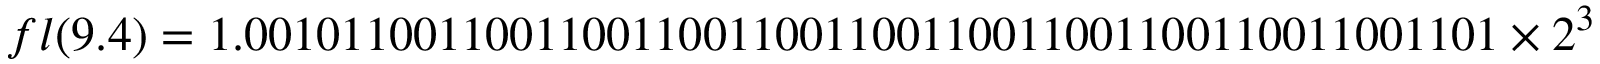
f l ( 9 . 4 ) = 1 . 0 0 1 0 1 1 0 0 1 1 0 0 1 1 0 0 1 1 0 0 1 1 0 0 1 1 0 0 1 1 0 0 1 1 0 0 1 1 0 0 1 1 0 0 1 1 0 0 1 1 0 1 \times 2 ^ { 3 }